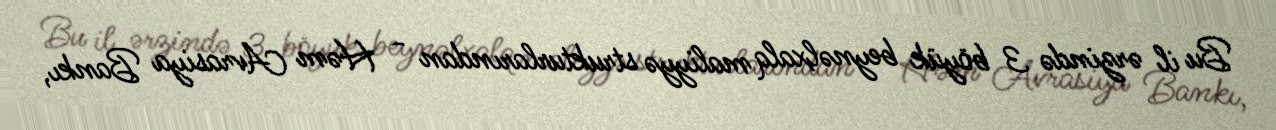
Bu il ərzində 3 böyük beynəlxalq maliyyə strukturlarından - Həm Avrasiya Bankı,